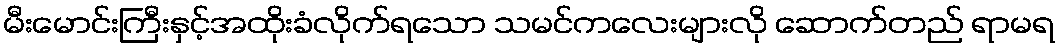
မီးမောင်းကြီးနှင့်အထိုးခံလိုက်ရသော သမင်ကလေးများလို ဆောက်တည် ရာမရ